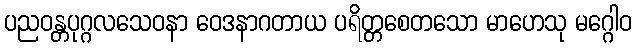
ပညဝန္တပုဂ္ဂလသေဝနာ ဝေဒနာဂတာယ ပရိတ္တစေတသော မာဟေသု မဂ္ဂေါဝ